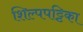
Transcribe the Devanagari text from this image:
शिल्पपट्टिका